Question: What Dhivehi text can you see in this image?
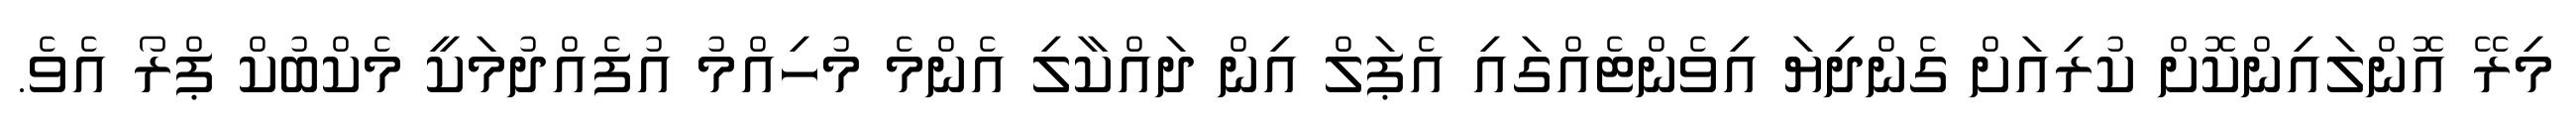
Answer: މިރޭ އޮންލައިންކޮށް ކުރިއަށް ގެންދިޔަ އިވެންޓެއްގައި އެޕަލް އިން ދައްކާލި އެންމެ މުހިއްމު އުފެއްދުމަކީ މެކްބުކް ޕްރޯ އެވެ.